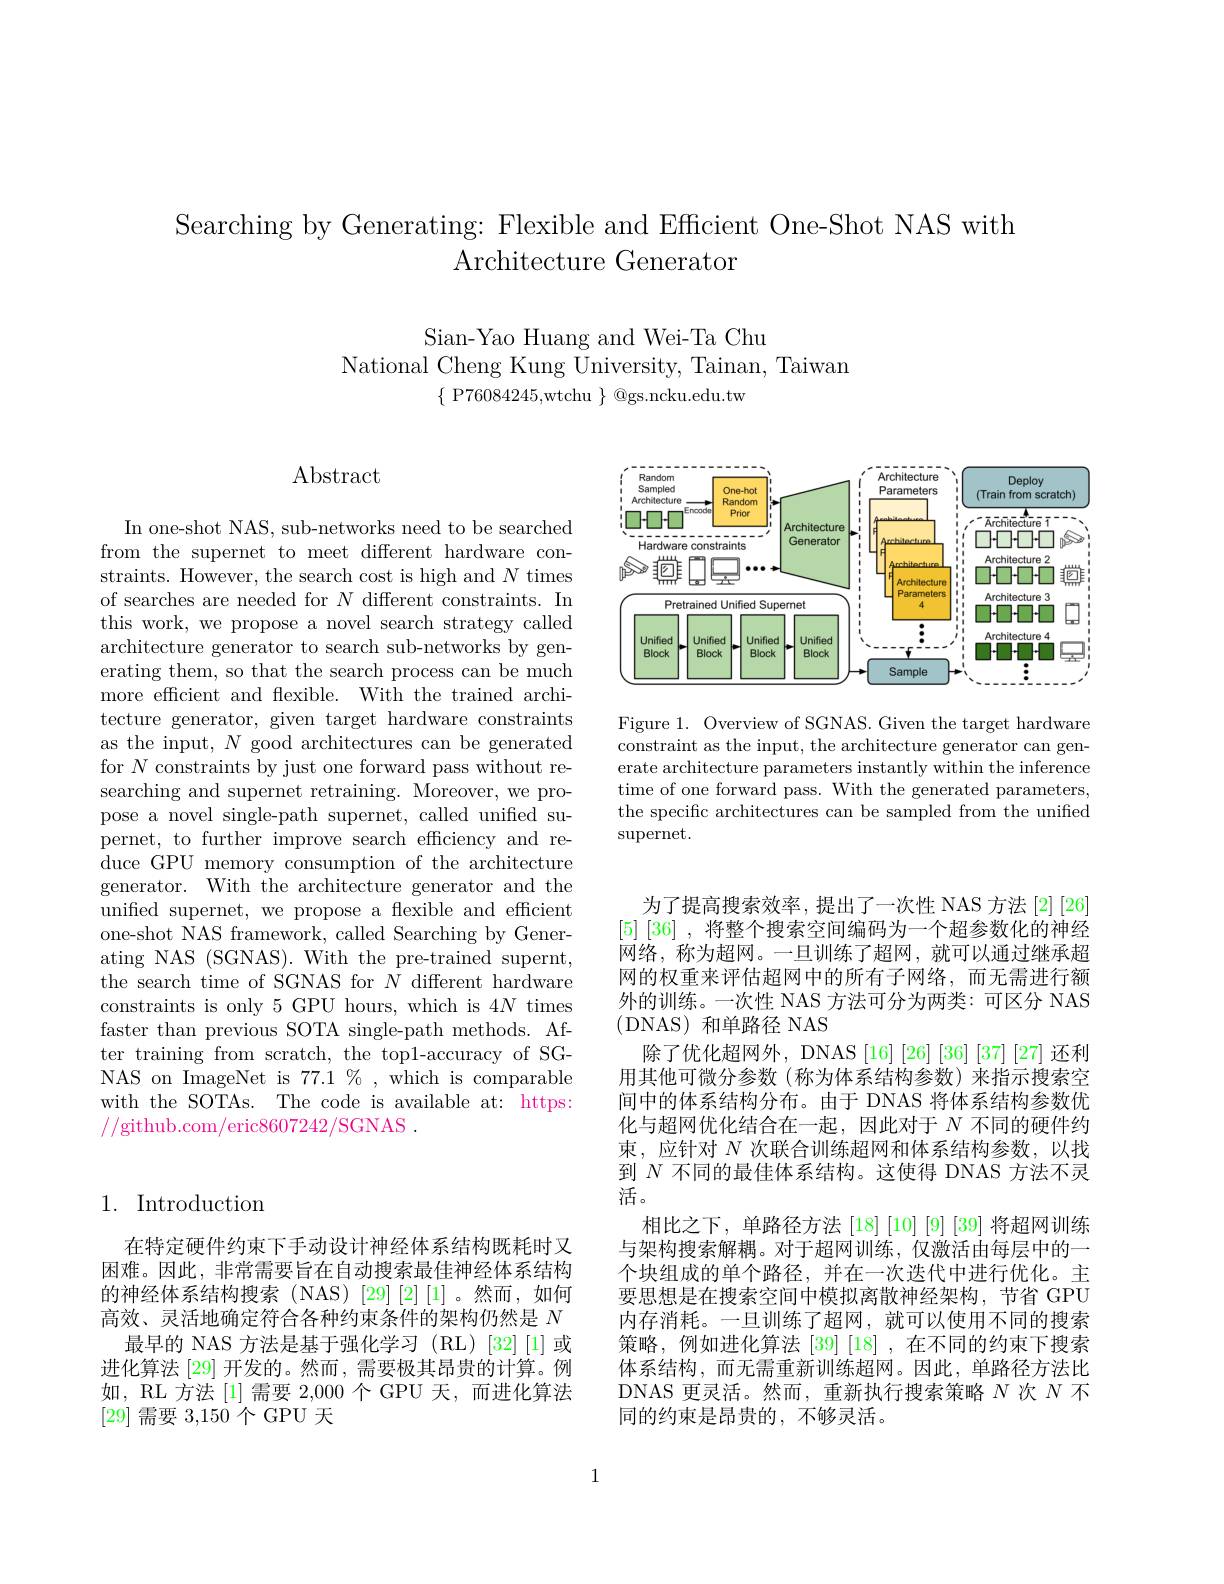
Searching by Generating: Flexible and Efficient One-Shot NAS with
Architecture Generator

Sian-Yao Huang and Wei-Ta Chu
National Cheng Kung University, Tainan, Taiwan
$\{$P76084245,wtchu$\}$@gs.ncku.edu.tw

## 1. Introduction

在特定硬件约束下手动设计神经体系结构既耗时又困难。因此，非常需要旨在自动搜索最佳神经体系结构的神经体系结构搜索(NAS)[29][2][1]。然而，如何高效、灵活地确定符合各种约束条件的架构仍然是$N$
最早的 NAS 方法是基于强化学习 (RL)[32][1]或进化算法 [29] 开发的。然而 , 需要极其昂贵的计算。例如，RL 方法 [1] 需要 2,000 个 GPU 天，而进化算法[29]需要3，150个 GPU 天

$\operatorname{Abstract}$

In one-shot NAS, sub-networks need to be searched from the supernet to meet different hardware constraints. However, the search cost is high and $N$ times of searches are needed for $N$ different constraints. In this work, we propose a novel search strategy called architecture generator to search sub-networks by generating them, so that the search process can be much more efficient and flexible. With the trained architecture generator, given target hardware constraints as the input, $N$ good architectures can be generated for $N$ constraints by just one forward pass without researching and supernet retraining. Moreover, we propose a novel single-path supernet, called unified supernet, to further improve search efficiency and reduce GPU memory consumption of the architecture generator. With the architecture generator and the unified supernet, we propose a flexible and efficient one-shot NAS framework, called Searching by Generating NAS (SGNAS). With the pre-trained supernt, the search time of SGNAS for $N$ different hardware constraints is only 5 GPU hours, which is 4N times faster than previous SOTA single-path methods. After training from scratch, the top1-accuracy of SGNAS on ImageNet is $77.1\%$,which is comparable with the SOTAs. The code is available at: https: //github.com/eric8607242/SGNAS .

<FigureHere>

Figure 1. Overview of SGNAS. Given the target hardware constraint as the input, the architecture generator can generate architecture parameters instantly within the inference time of one forward pass. With the generated parameters, the specific architectures can be sampled from the unified $\operatorname{supernet}.$

为了提高搜索效率，提出了一次性 NAS 方法 [2][26] [5][36] ,将整个搜索空间编码为一个超参数化的神经网络，称为超网。一旦训练了超网，就可以通过继承超网的权重来评估超网中的所有子网络，而无需进行额外的训练。一次性 NAS 方法可分为两类：可区分 NAS (DNAS)和单路径 NAS
除了优化超网外，DNAS [16] [26] [36] [37] [27] 还利用其他可微分参数(称为体系结构参数)来指示搜索空间中的体系结构分布。由于 DNAS 将体系结构参数优化与超网优化结合在一起，因此对于$N$不同的硬件约束，应针对$N$次联合训练超网和体系结构参数，以找到$N$不同的最佳体系结构。这使得 DNAS 方法不灵活。
相比之下，单路径方法[18][10][9][39]将超网训练与架构搜索解耦。对于超网训练，仅激活由每层中的一个块组成的单个路径，并在一次迭代中进行优化。主要思想是在搜索空间中模拟离散神经架构，节省 GPU 内存消耗。一旦训练了超网，就可以使用不同的搜索策略，例如进化算法[39] [18],在不同的约束下搜索体系结构，而无需重新训练超网。因此，单路径方法比DNAS 更灵活。然而，重新执行搜索策略$N$次$N$不同的约束是昂贵的，不够灵活。

1